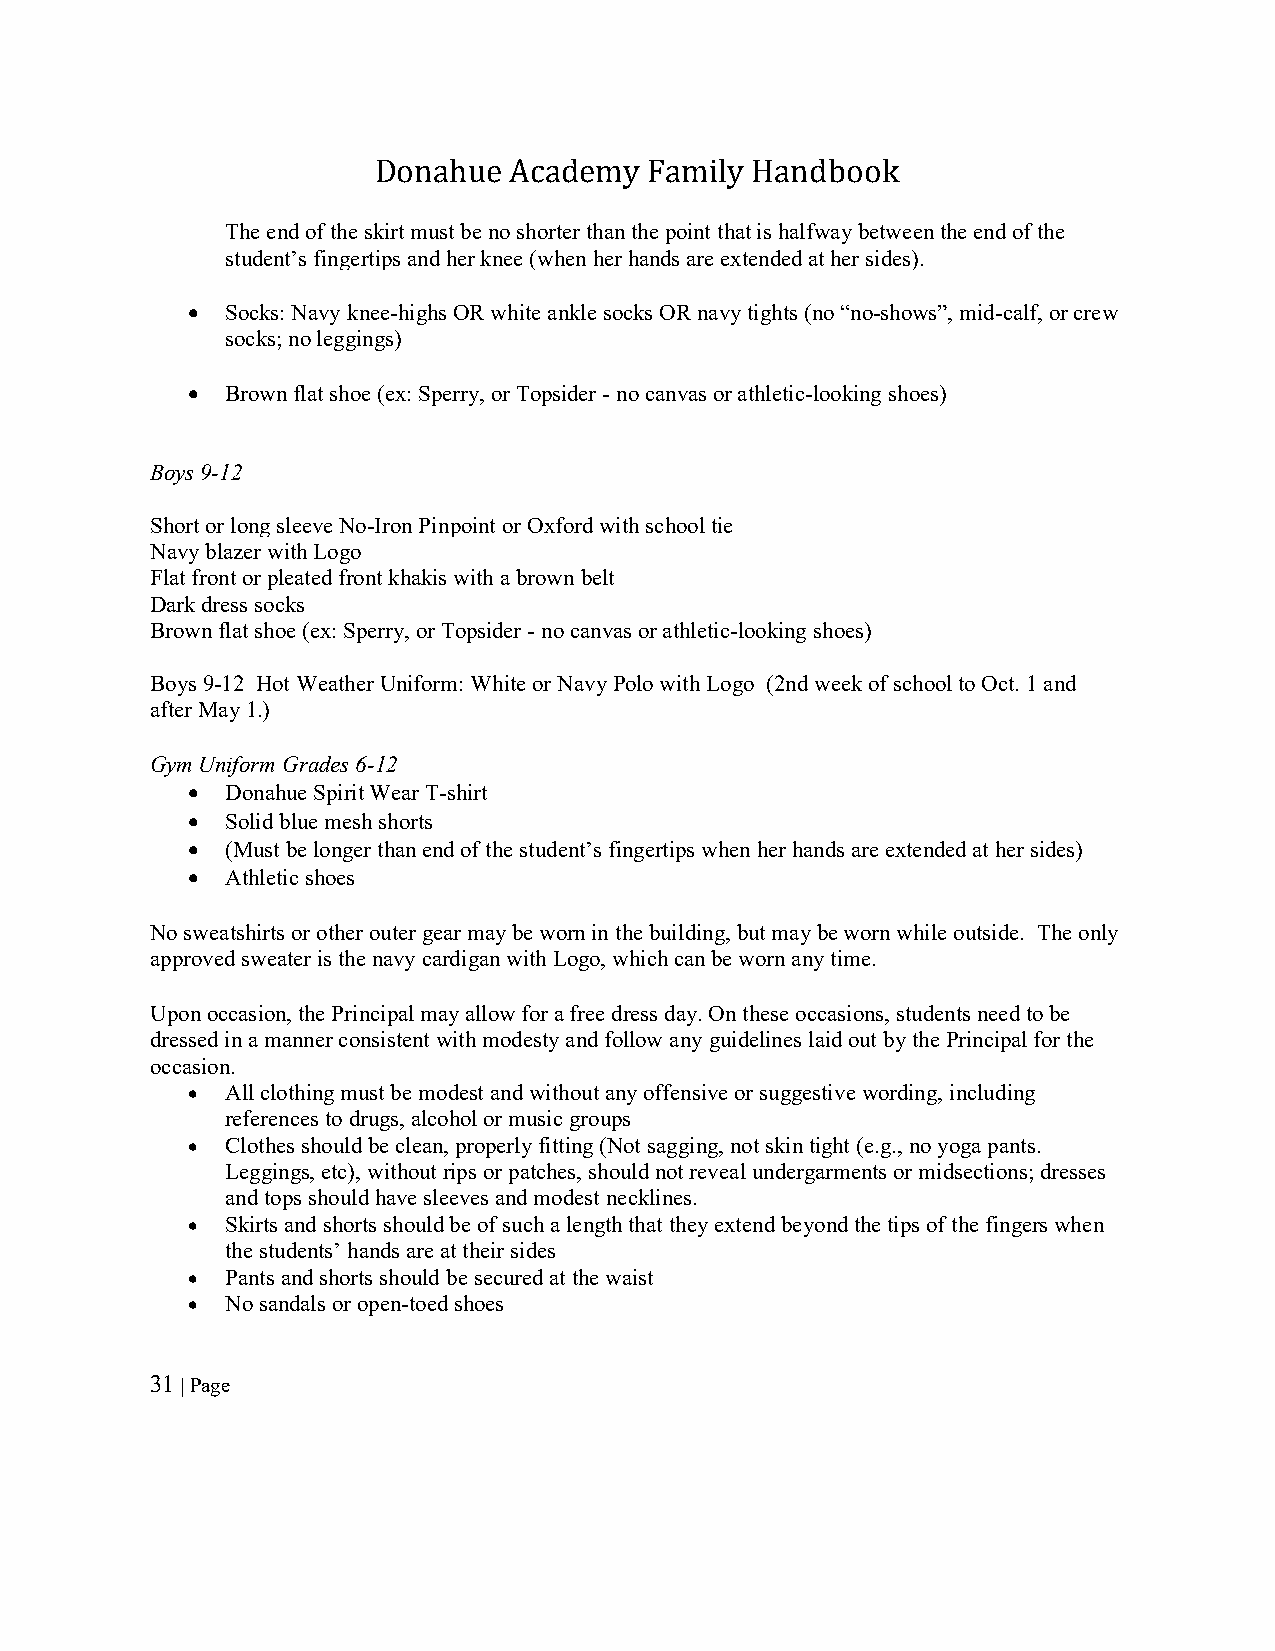
Donahue  Academy  Family Handbook
 The end of the skirt must be no shorter than the point that is halfway between the end of the
 student’s fingertips and her knee (when her hands are extended at her sides).
   Socks: Navy knee-highs OR white ankle socks OR navy tights (no “no-shows”, mid-calf, or crew
 socks; no leggings)
   Brown flat shoe (ex: Sperry, or Topsider - no canvas or athletic-looking shoes)
 Boys 9-12
 Short or long sleeve No-Iron Pinpoint or Oxford with school tie
 Navy blazer with Logo
 Flat front or pleated front khakis with a brown belt
 Dark dress socks
 Brown flat shoe (ex: Sperry, or Topsider - no canvas or athletic-looking shoes)
 Boys 9-12 Hot Weather Uniform: White or Navy Polo with Logo (2nd week of school to Oct. 1 and
 after May 1.)
 Gym Uniform Grades 6-12
   Donahue Spirit Wear T-shirt
   Solid blue mesh shorts
   (Must be longer than end of the student’s fingertips when her hands are extended at her sides)
   Athletic shoes
 No sweatshirts or other outer gear may be worn in the building, but may be worn while outside. The only
 approved sweater is the navy cardigan with Logo, which can be worn any time.
 Upon occasion, the Principal may allow for a free dress day. On these occasions, students need to be
 dressed in a manner consistent with modesty and follow any guidelines laid out by the Principal for the
 occasion.
   All clothing must be modest and without any offensive or suggestive wording, including
 references to drugs, alcohol or music groups
   Clothes should be clean, properly fitting (Not sagging, not skin tight (e.g., no yoga pants.
 Leggings, etc), without rips or patches, should not reveal undergarments or midsections; dresses
 and tops should have sleeves and modest necklines.
   Skirts and shorts should be of such a length that they extend beyond the tips of the fingers when
 the students’ hands are at their sides
   Pants and shorts should be secured at the waist
   No sandals or open-toed shoes
 31 | Page